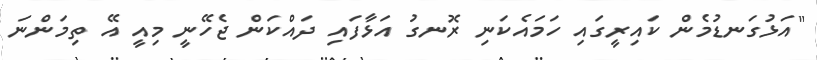
"އަޅުގަނޑުމެން ކައިރީގައި ހަމައެކަނި ރޮނގު އަޅާފައި ދައްކަން ޖެހޭނީ މިއީ އޭ ތިމަންނަ